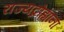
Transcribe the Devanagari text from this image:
राज्यद्रोह्यांना